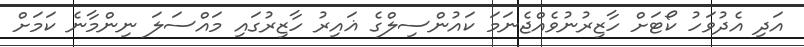
އަދި އެދުވަހު ކޯޓަށް ހާޒިރުނުވެއްޖެނަމަ ކައުންސިލްގެ ޣައިރު ހާޒިރުގައި މައްސަލަ ނިންމާނެ ކަމަށް